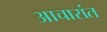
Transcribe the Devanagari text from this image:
आचारांत